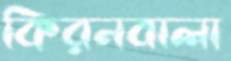
কিরনবালা